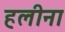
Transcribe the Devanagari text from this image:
हलीना